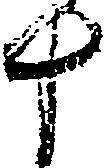
十